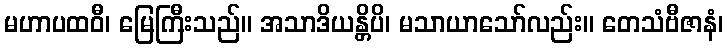
မဟာပထဝီ၊ မြေကြီးသည်။ အသာဒိယန္တိပိ၊ မသာယာသော်လည်း။ တေသံဗီဇာနံ၊